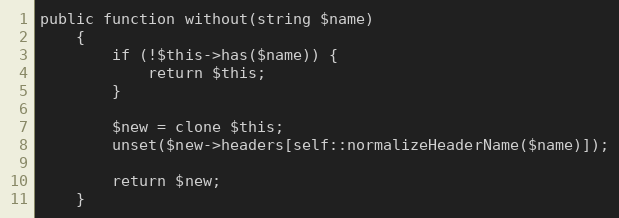
Language: PHP
public function without(string $name)
	{
		if (!$this->has($name)) {
			return $this;
		}

		$new = clone $this;
		unset($new->headers[self::normalizeHeaderName($name)]);

		return $new;
	}